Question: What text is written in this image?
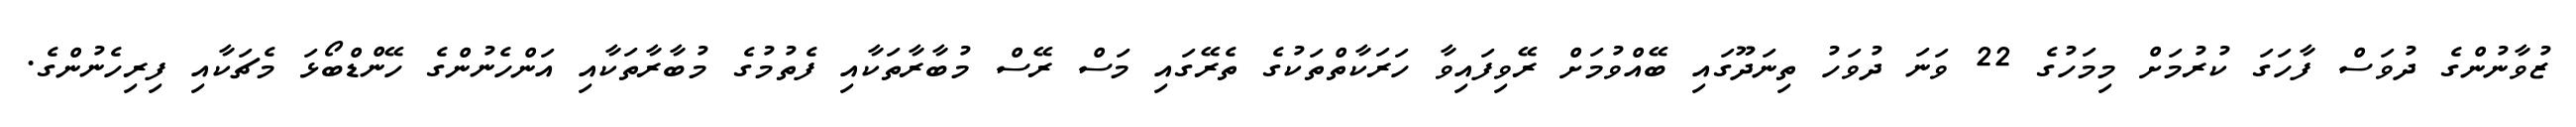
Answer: ޒުވާނުންގެ ދުވަސް ފާހަގަ ކުރުމަށް މިމަހުގެ 22 ވަނަ ދުވަހު ތިނަދޫގައި ބޭއްވުމަށް ރޭވިފައިވާ ހަރަކާތްތަކުގެ ތެރޭގައި މަސް ރޭސް މުބާރާތަކާއި ފެތުމުގެ މުބާރާތަކާއި އަންހެނުންގެ ހޭންޑްބޯޅަ މެޗަކާއި ފިރިހެނުންގެ.